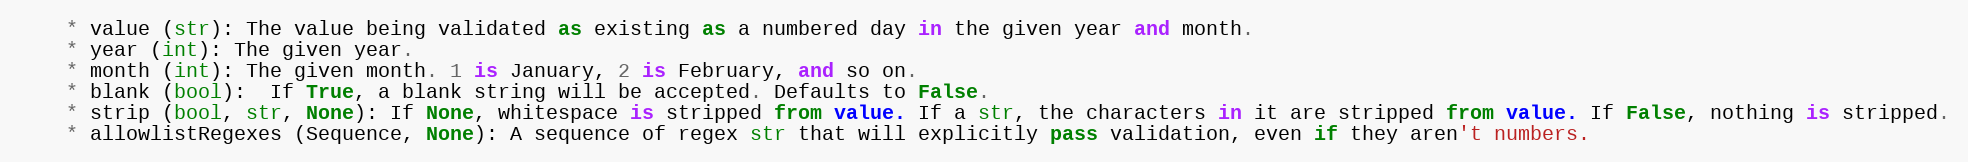
Language: Python
    * value (str): The value being validated as existing as a numbered day in the given year and month.
    * year (int): The given year.
    * month (int): The given month. 1 is January, 2 is February, and so on.
    * blank (bool):  If True, a blank string will be accepted. Defaults to False.
    * strip (bool, str, None): If None, whitespace is stripped from value. If a str, the characters in it are stripped from value. If False, nothing is stripped.
    * allowlistRegexes (Sequence, None): A sequence of regex str that will explicitly pass validation, even if they aren't numbers.